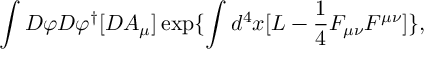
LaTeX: \int { \cal D } \varphi { \cal D } \varphi ^ { \dagger } [ { \cal D } A _ { \mu } ] \exp \{ \int d ^ { 4 } x [ { \cal L } - \frac { 1 } { 4 } F _ { \mu \nu } F ^ { \mu \nu } ] \} ,